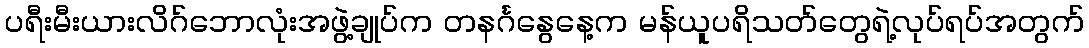
ပရီးမီးယားလိဂ်ဘောလုံးအဖွဲ့ချုပ်က တနင်္ဂနွေနေ့က မန်ယူပရိသတ်တွေရဲ့လုပ်ရပ်အတွက်